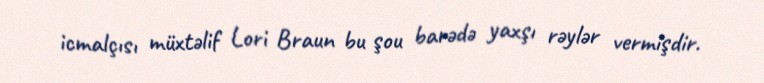
icmalçısı müxtəlif Lori Braun bu şou barədə yaxşı rəylər vermişdir.